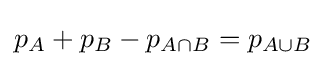
p_{A}+p_{B}-p_{A\cap B}=p_{A\cup B}